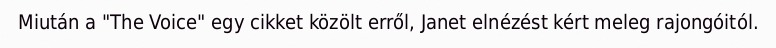
Miután a "The Voice" egy cikket közölt erről, Janet elnézést kért meleg rajongóitól.